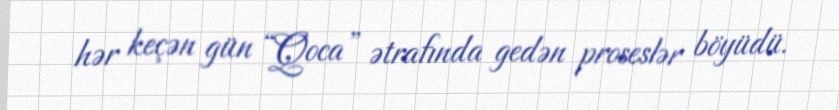
hər keçən gün “Qoca” ətrafında gedən proseslər böyüdü.